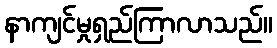
နာကျင်မှုရှည်ကြာလာသည်။